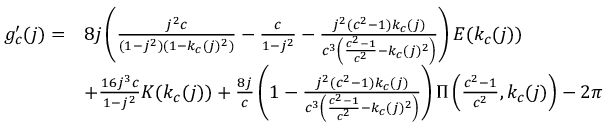
\begin{array} { r l } { g _ { c } ^ { \prime } ( j ) = } & { 8 j \left( \frac { j ^ { 2 } c } { ( 1 - j ^ { 2 } ) ( 1 - k _ { c } ( j ) ^ { 2 } ) } - \frac { c } { 1 - j ^ { 2 } } - \frac { j ^ { 2 } ( c ^ { 2 } - 1 ) k _ { c } ( j ) } { c ^ { 3 } \left( \frac { c ^ { 2 } - 1 } { c ^ { 2 } } - k _ { c } ( j ) ^ { 2 } \right) } \right) E ( k _ { c } ( j ) ) } \\ & { + \frac { 1 6 j ^ { 3 } c } { 1 - j ^ { 2 } } K ( k _ { c } ( j ) ) + \frac { 8 j } { c } \left( 1 - \frac { j ^ { 2 } ( c ^ { 2 } - 1 ) k _ { c } ( j ) } { c ^ { 3 } \left( \frac { c ^ { 2 } - 1 } { c ^ { 2 } } - k _ { c } ( j ) ^ { 2 } \right) } \right) \Pi \left( \frac { c ^ { 2 } - 1 } { c ^ { 2 } } , k _ { c } ( j ) \right) - 2 \pi } \end{array}